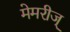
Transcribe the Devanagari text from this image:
मेमरीज्